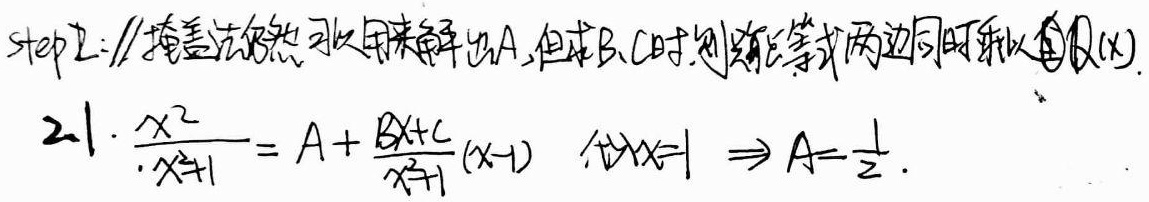
step2: //掩盖法仍然可以用来解出A,但求B、C时,则不能等式两边同时乘以\(Q(x)\).
21. \(\frac{x^{2}}{x^{2}+1}=A + \frac{Bx + C}{x^{2}+1}(x - 1)\) ，令\(x = 1\Rightarrow A=\frac{1}{2}\).